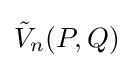
{\tilde {V}}_{n}(P,Q)